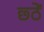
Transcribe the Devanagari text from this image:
छ्ठें